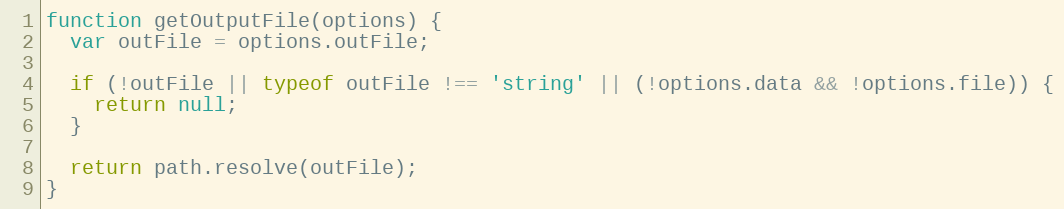
Language: JavaScript
function getOutputFile(options) {
  var outFile = options.outFile;

  if (!outFile || typeof outFile !== 'string' || (!options.data && !options.file)) {
    return null;
  }

  return path.resolve(outFile);
}